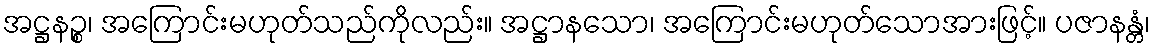
အဋ္ဌနဉ္စ၊ အကြောင်းမဟုတ်သည်ကိုလည်း။ အဋ္ဌာနသော၊ အကြောင်းမဟုတ်သောအားဖြင့်။ ပဇာနန္တံ၊